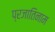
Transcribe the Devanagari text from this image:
प्रजातिनाम